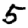
Digit: 5